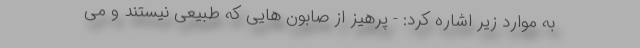
به موارد زیر اشاره کرد: - پرهیز از صابون هایی که طبیعی نیستند و می